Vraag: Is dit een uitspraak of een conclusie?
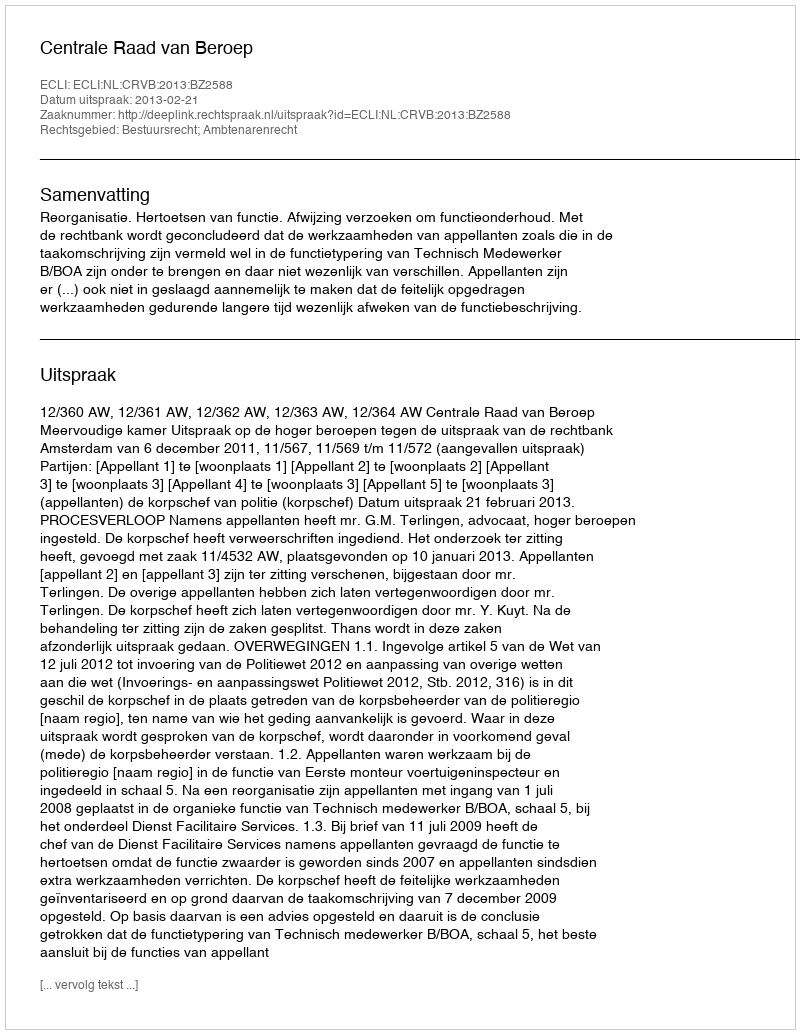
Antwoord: Uitspraak